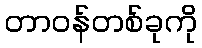
တာဝန်တစ်ခုကို